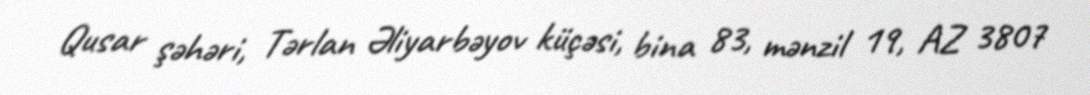
Qusar şəhəri, Tərlan Əliyarbəyov küçəsi, bina 83, mənzil 19, AZ 3807